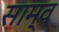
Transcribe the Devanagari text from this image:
साम्व